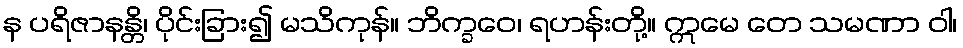
န ပရိဇာနန္တိ၊ ပိုင်းခြား၍ မသိကုန်။ ဘိက္ခဝေ၊ ရဟန်းတို့။ ဣမေ တေ သမဏာ ဝါ၊